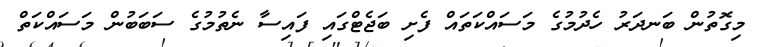
މިގޮތުން ބަނދަރު ހެދުމުގެ މަސައްކަތައް ފެށި ބަޖެޓްގައި ފައިސާ ނެތުމުގެ ސަބަބުން މަސައްކަތް